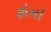
ફોનો